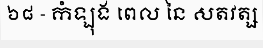
៦៨ - កំឡុង ពេល នៃ សតវត្ស